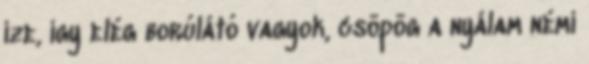
íze, így elég borúlátó vagyok, csöpög a nyálam némi